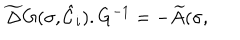
LaTeX: \widetilde { \Delta } G ( \sigma , { \hat { \cal { C } } } _ { i } ) . G ^ { - 1 } = - \widetilde { A } ( \sigma ,